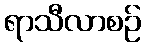
ရာသီလာစဉ်